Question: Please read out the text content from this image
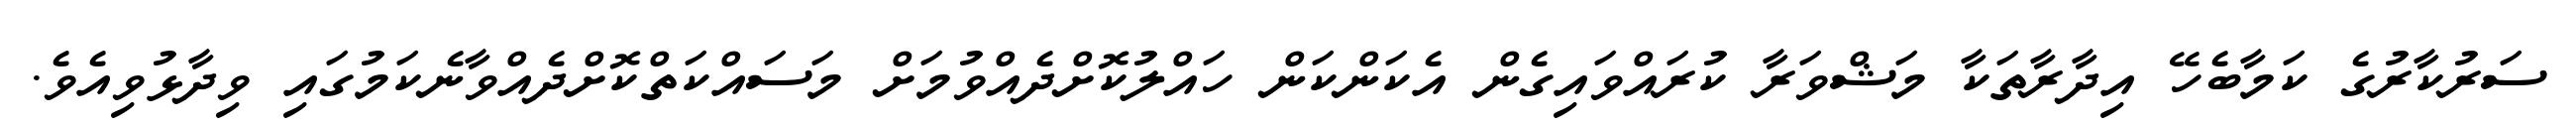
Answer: ސަރުކާރުގެ ކަމާބެހޭ އިދާރާތަކާ މަޝްވަރާ ކުރައްވައިގެން އެކަންކަން ހައްލުކޮށްދެއްވުމަށް މަސައްކަތްކޮށްދެއްވާނެކަމުގައި ވިދާޅުވިއެވެ.